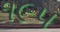
૧૯૫